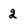
Character: 2